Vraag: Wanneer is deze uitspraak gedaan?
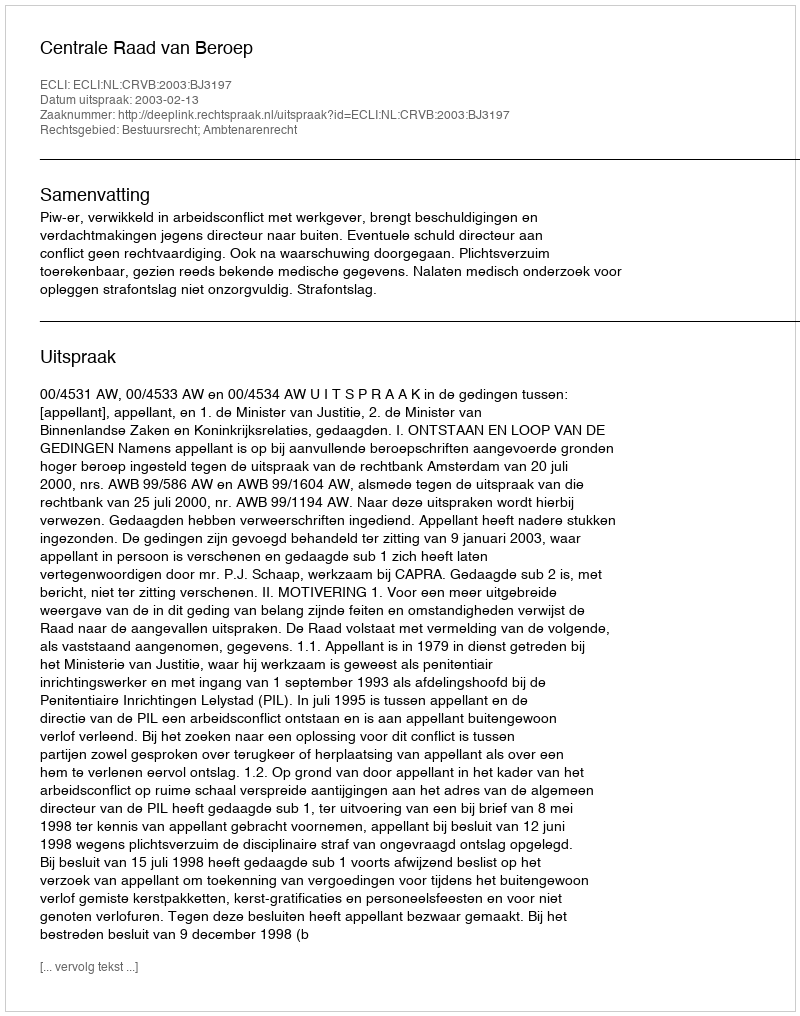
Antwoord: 2003-02-13